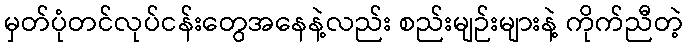
မှတ်ပုံတင်လုပ်ငန်းတွေအနေနဲ့လည်း စည်းမျဉ်းများနဲ့ ကိုက်ညီတဲ့